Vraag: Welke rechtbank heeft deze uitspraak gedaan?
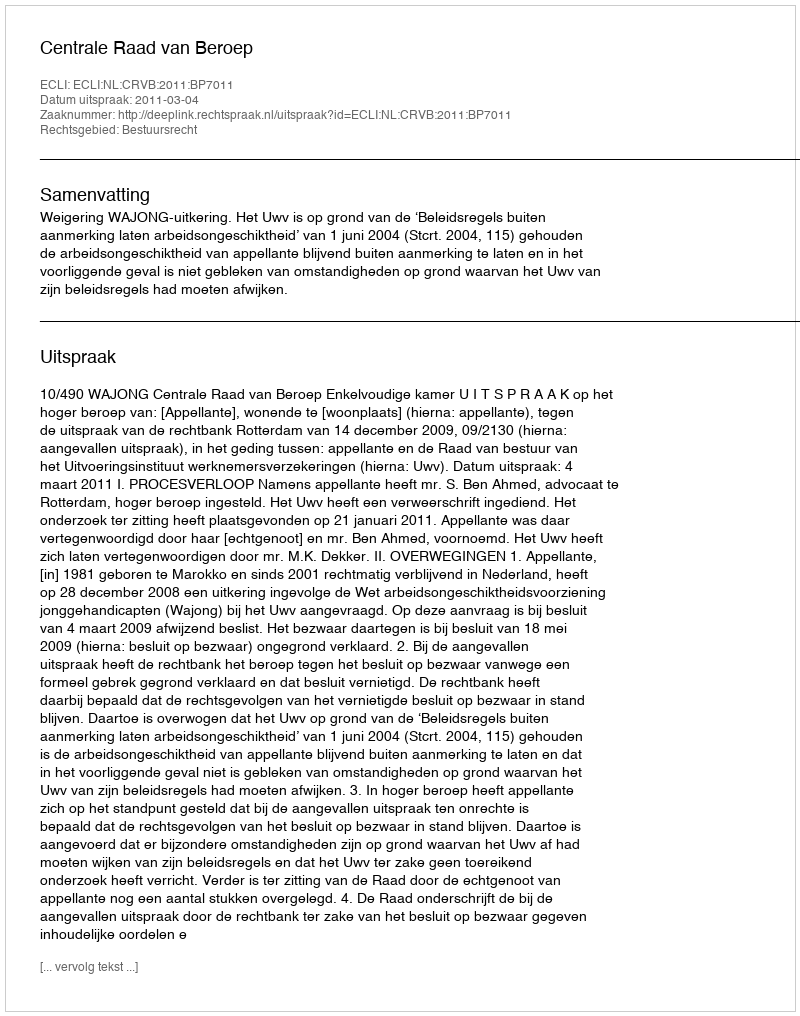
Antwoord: Centrale Raad van Beroep